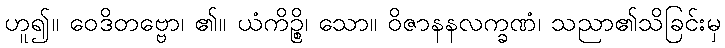
ဟူ၍။ ဝေဒိတဗ္ဗော၊ ၏။ ယံကိဉ္စိ၊ သော။ ဝိဇာနနလက္ခဏံ၊ သညာ၏သိခြင်းမှ